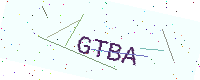
Text: GTBA